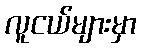
လူငယ်များမှာ